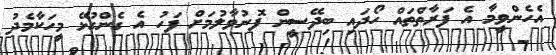
އެހެންވީމާ އެ ފަރާތްތައް ހޯދައި ބިދޭސީން ފޮނުވާލުމަށް ފަހު އެ ގެންގުޅޭ މީހަކާމެދު